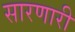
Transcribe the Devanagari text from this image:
सारणारी